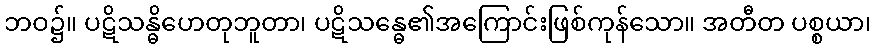
ဘဝ၌။ ပဋိသန္ဓိဟေတုဘူတာ၊ ပဋိသန္ဓေ၏အကြောင်းဖြစ်ကုန်သော။ အတီတ ပစ္စယာ၊